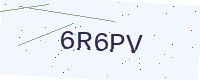
Text: 6R6PV